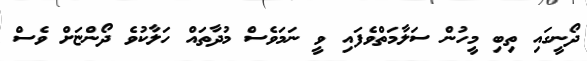
ދޯނީގައި ތިބި މީހުން ސަލާމަތްވެފައި ވީ ނަމަވެސް މުދާތައް ހަލާކުވެ ދޯންޏަށް ވެސް